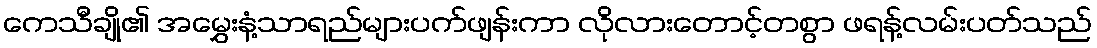
ကေသီချို၏ အမွှေးနံ့သာရည်များပက်ဖျန်းကာ လိုလားတောင့်တစွာ ဖရန့်လမ်းပတ်သည်